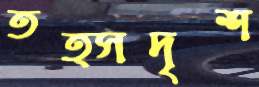
তত্সদৃশ